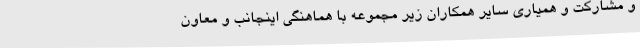
و مشارکت و همیاری سایر همکاران زیر مجموعه با هماهنگی اینجانب و معاون